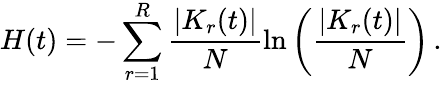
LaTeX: H(t)=-\sum_{r=1}^{R}\frac{|K_{r}(t)|}{N}\ln\left(\frac{|K_{r}(t)|}{N}\right)\, .